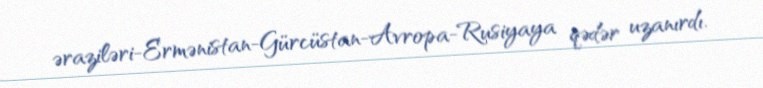
əraziləri-Ermənistan-Gürcüstan-Avropa-Rusiyaya qədər uzanırdı.